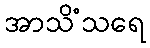
အာသိံသရေ